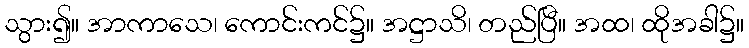
သွား၍။ အာကာသေ၊ ကောင်းကင်၌။ အဋ္ဌာသိ၊ တည်ပြီ။ အထ၊ ထိုအခါ၌။